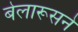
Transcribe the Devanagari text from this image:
बेलारूसने